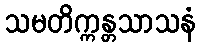
သမတိက္ကန္တသာသနံ